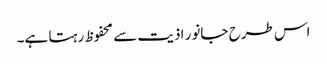
اس طرح جانور اذیت سے محفوظ رہتا ہے۔